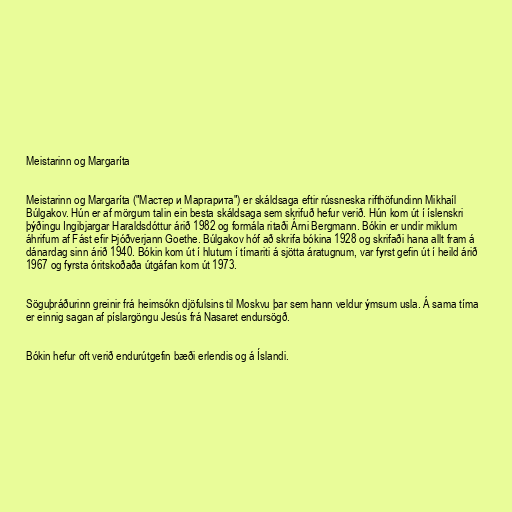
Meistarinn og Margaríta

Meistarinn og Margaríta ("Мастер и Маргарита") er skáldsaga eftir rússneska rifthöfundinn Mikhaíl
Búlgakov. Hún er af mörgum talin ein besta skáldsaga sem skrifuð hefur verið. Hún kom út í íslenskri
þýðingu Ingibjargar Haraldsdóttur árið 1982 og formála ritaði Árni Bergmann. Bókin er undir miklum
áhrifum af Fást efir Þjóðverjann Goethe. Búlgakov hóf að skrifa bókina 1928 og skrifaði hana allt fram á
dánardag sinn árið 1940. Bókin kom út í hlutum í tímariti á sjötta áratugnum, var fyrst gefin út í heild árið
1967 og fyrsta óritskoðaða útgáfan kom út 1973.

Söguþráðurinn greinir frá heimsókn djöfulsins til Moskvu þar sem hann veldur ýmsum usla. Á sama tíma
er einnig sagan af píslargöngu Jesús frá Nasaret endursögð.

Bókin hefur oft verið endurútgefin bæði erlendis og á Íslandi.